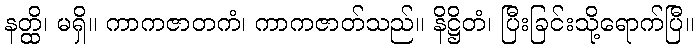
နတ္ထိ၊ မရှိ။ ကာကဇာတကံ၊ ကာကဇာတ်သည်။ နိဋ္ဌိတံ၊ ပြီးခြင်းသို့ရောက်ပြီ။